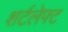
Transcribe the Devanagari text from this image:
शर्टलेफ्ट